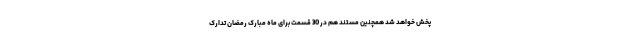
پخش خواهد شد همچنین مستند هم در 30 قسمت برای ماه مبارک رمضان تدارک